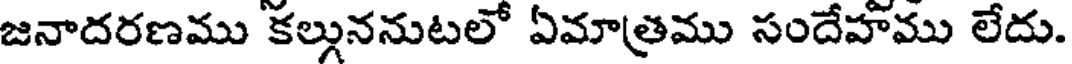
జనాదరణము కల్గుననుటలో ఏమాత్రము సందేహము లేదు.